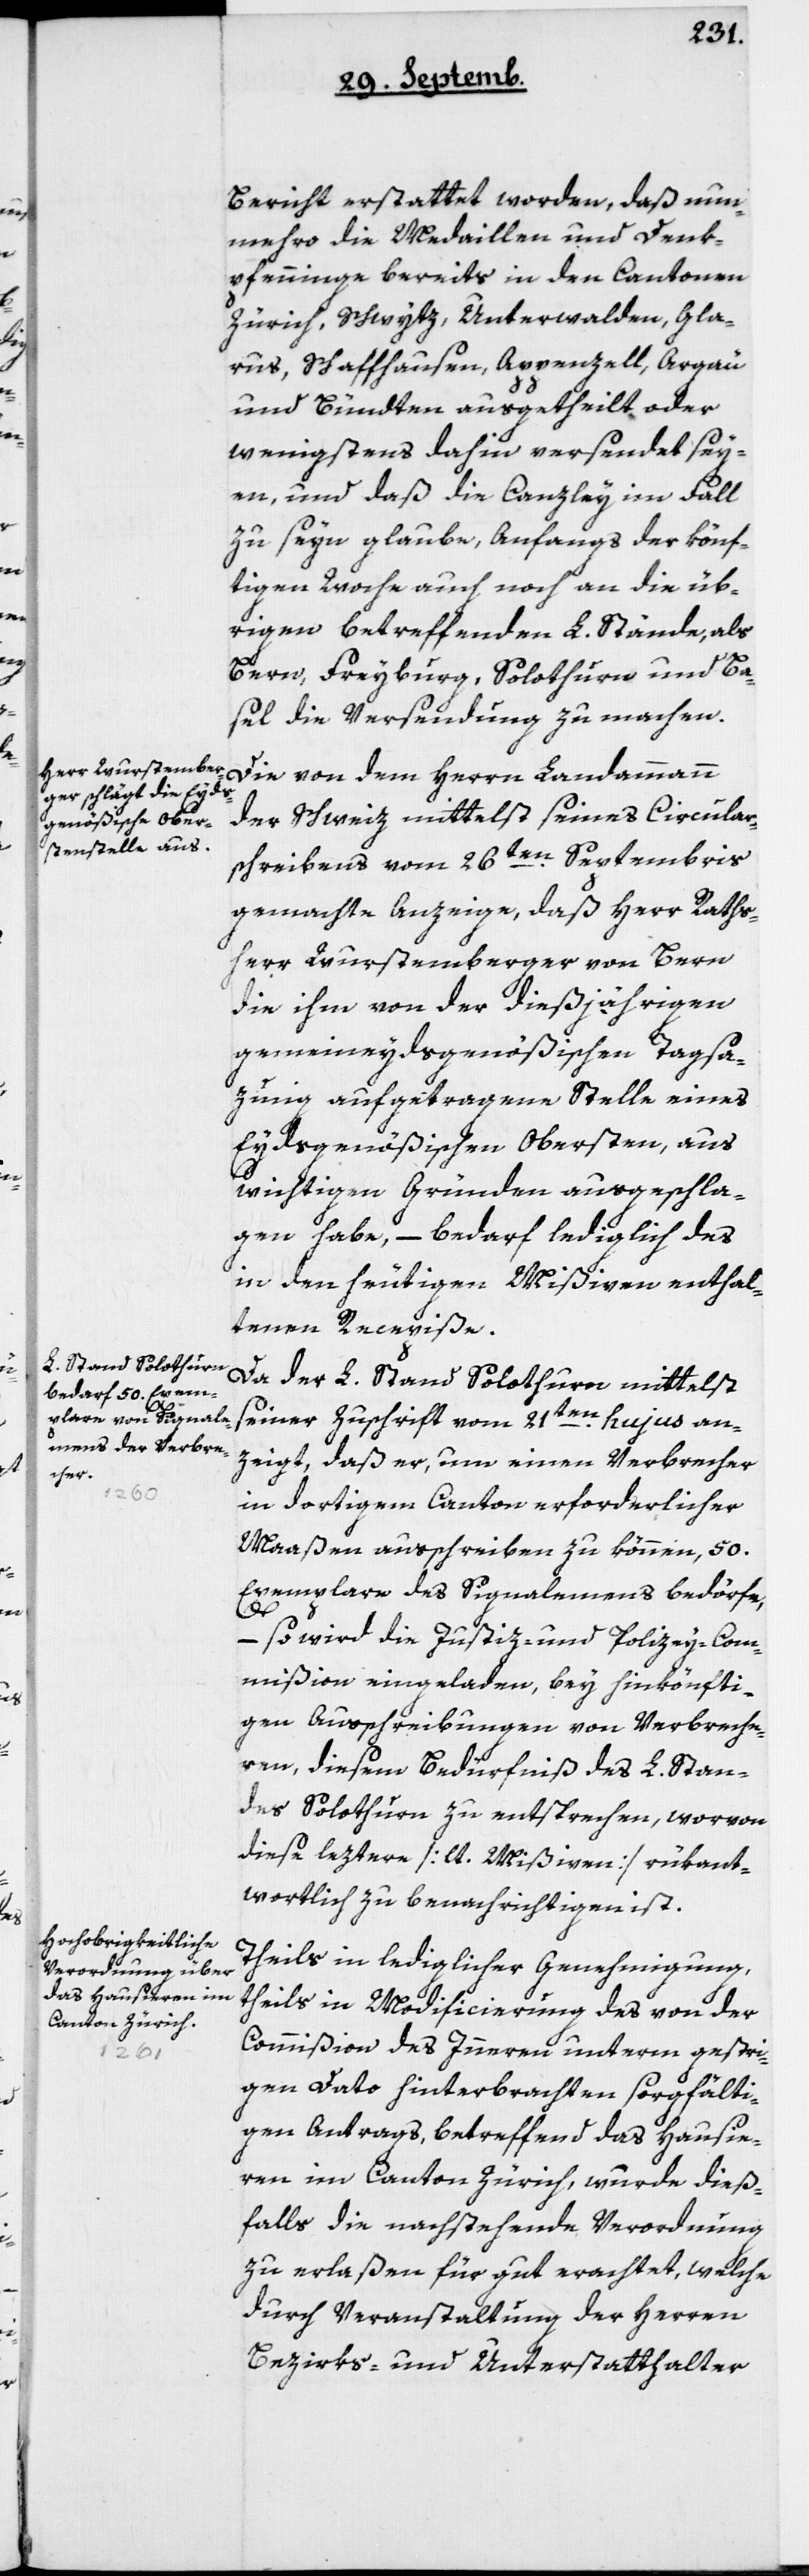
Bericht erstattet worden, daß nun¬
mehro die Medaillen und Denk¬
pfenninge bereits in den Cantonen
Zürich, Schwytz, Unterwalden, Gla¬
rus, Schaffhausen, Appenzell, Argau
und Bündten ausgetheilt oder
wenigstens dahin versendet sey¬
en, und daß die Canzley im Fall
zu seyn glaube, anfangs der könf¬
tigen Woche auch noch an die üb¬
rigen betreffenden L. Stände, als
Bern, Freyburg, Solothurn und Ba¬
sel die Versendung zu machen.
Die von dem Herrn Landammann
der Schweiz mittelst seines Circular¬
schreibens vom 26ten Septembris
gemachte Anzeige, daß Herr Raths¬
herr Wurstemberger von Bern
die ihm von der diesjährigen
gemeindeydsgenößischen Tagsa¬
zung aufgetragene Stelle eines
Eydsgenößischen Obersten, aus
wichtigen Gründen ausgeschla¬
gen habe, – bedarf lediglich des
in den heutigen Mißiven enthal¬
tenen Recepiße.
Da der L. Stand Solothurn mittelst
seiner Zuschrift vom 21ten hujus an¬
zeigt, daß er, um einen Verbrecher
in dortigem Canton erforderlicher
Maaßen ausschreiben zu können, 50
Exemplare des Signalemens bedörfe,
– so wird die Justiz- und Policey-Com¬
mißion eingeladen, bey hinkönfti¬
gen Ausschreibungen von Verbreche¬
ren, diesem Bedürfnis des L. Stan¬
des Solothurn zu entsprechen, worvon
diese leztere [lt. Mißiven] rükant¬
wortlich zu benachrichtigen ist.
Theils in lediglicher Genehmigung,
theils in Modificierung des von der
Commißion des Innern unterm gestri¬
gen Dato hinterbrachten sorgfälti¬
gen Antrags, betreffend das Hausie¬
ren im Canton Zürich, wurde dieß¬
falls die nachstehende Verordnung
zu erlaßen für gut erachtet, welche
durch Veranstaltung der Herren
Bezirks- und Unterstatthalter